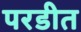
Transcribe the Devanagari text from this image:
परडीत